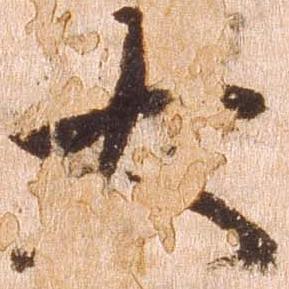
大